Leaving Certificate Examination, 1913
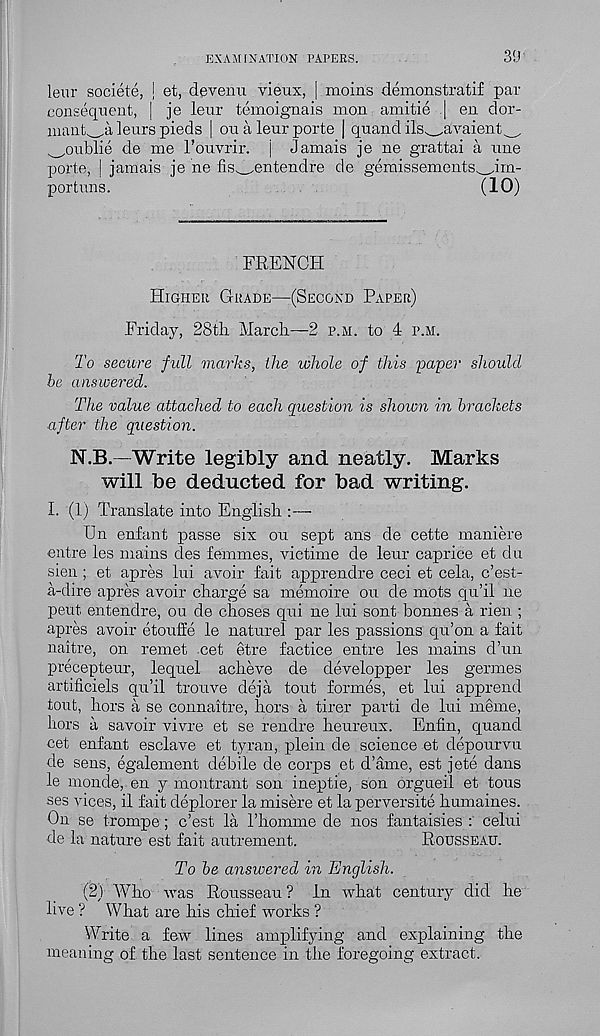
EXAMINATION PAPERS.
3!J
leur societe, \ et, devenu vieux, | moins demonstratif par
consequent, | je leur temoignais mon amitie | en dor-
inant^a leurs pieds | ou a leur porte | quand ils^avaient^,
^oublie de me Touvrir. | Jamais je ne grattai a une
porte, | jamais je ne fis^entendre de gemissements^im-
portuns.
(10)
FRENCH
Higher Grade—(Second Paper)
Friday, 28th March—2 p.m. to 4 p.m.
To secure full marks, the whole of this 'paper should
be answered.
The value attached to each question is shown in brackets
after the question.
N.B.- Write legibly and neatly. Marks
will be deducted for bad writing.
I. (1) Translate into English :—
Un enfant passe six ou sept ans de cette maniere
entre les mains des femmes, victime de leur caprice et du
sien ; et apres lui avoir fait apprendre ceci et cela, c’est-
a-dire apres avoir charge sa memoire ou de mots qu’il ne
pent entendre, on de choses qui ne lui sont bonnes a rien ;
apres avoir etouffe le nature! par les passions qu’on a fait
naitre, on remet cet etre factice entre les mains d’un
precepteur, lequel acheve de developper les germes
artificiels qu’il trouve deja tout formes, et lui apprend
tout, hors a se connaitre, hors a tirer parti de lui meme,
hors a savoir vivre et se rendre heureux. Enfin, quand
cet enfant esclave et tyran, plein de science et depourvu
de sens, egalement debile de corps et d’ame, est jete dans
le monde, en y montrant son ineptie, son orgueil et tons
ses vices, il fait deplorer la misere et la perversite humaines.
On se trompe; c’est la I’liomme de nos fantaisies : celui
de la nature est fait autrement.
Rousseau.
To be answered in English.
(2) Who was Rousseau ? in what century did he
live ? What are his chief works ?
Write a few lines amplifying and explaining the
meaning of. the last sentence in the foregoing extract.